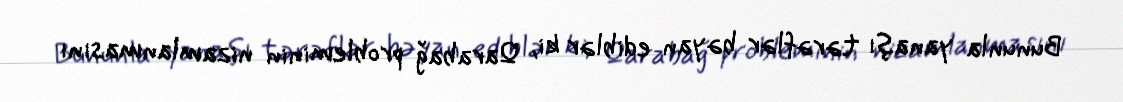
Bununla yanaşı tərəflər bəyan ediblər ki, Qarabağ probleminin nizamlanmasını